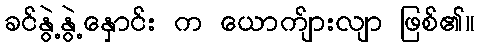
ခင်နွဲ့နွဲ့နှောင်း က ယောက်ျားလျာ ဖြစ်၏။